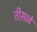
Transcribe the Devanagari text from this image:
तीसावे